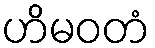
ဟိမဝတံ